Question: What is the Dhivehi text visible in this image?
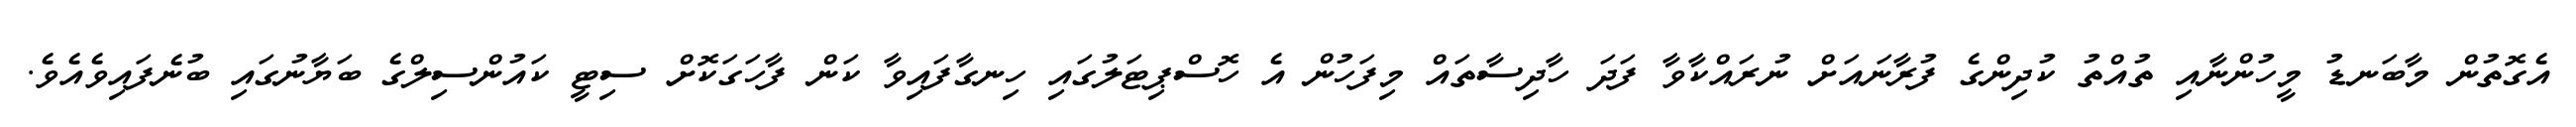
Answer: އެގޮތުން މާބަނޑު މީހުންނާއި ތުއްތު ކުދިންގެ ފުރާނައަށް ނުރައްކާވާ ފަދަ ހާދިސާތައް މިފަހުން އެ ހޮސްޕިޓަލުގައި ހިނގާފައިވާ ކަން ފާހަގަކޮށް ސިޓީ ކައުންސިލްގެ ބަޔާނުގައި ބުނެފައިވެއެވެ.